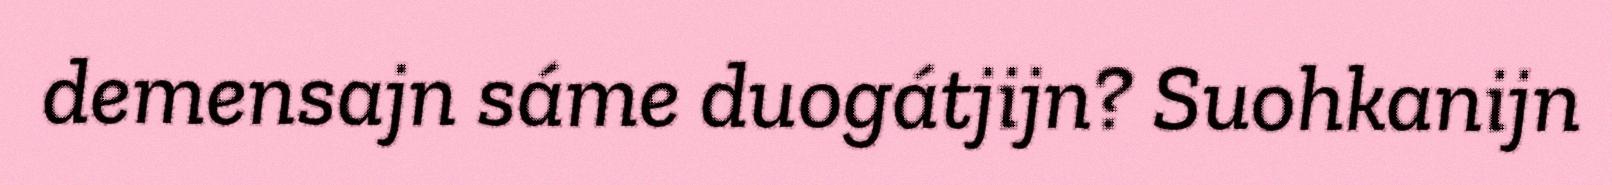
demensajn sáme duogátjijn? Suohkanijn